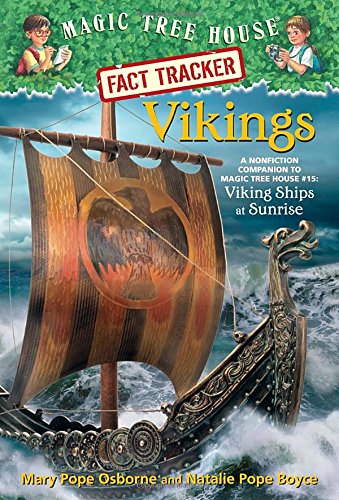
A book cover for Magic Tree House Fact Tracker #33: Vikings: A Nonfiction Companion to Magic Tree House #15: Viking Ships at Sunrise (A Stepping Stone Book(TM)); Mary Pope Osborne; Children's Books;